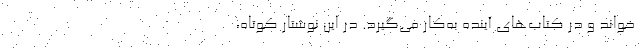
‌خوانَد و در کتاب‌های آینده به‌کار می‌گیرد. در این نوشتارِ کوتاه،